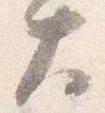
大